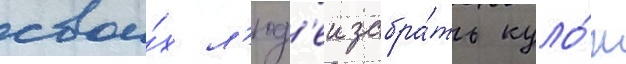
свои́х л'юд'еи забра́ть куло́н